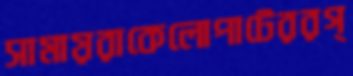
সামায়রাকেলোপাটেররগ্‌